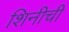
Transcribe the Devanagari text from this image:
शिनीची